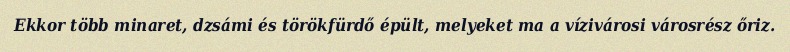
Ekkor több minaret, dzsámi és törökfürdő épült, melyeket ma a vízivárosi városrész őriz.